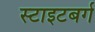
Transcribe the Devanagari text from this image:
स्टाइटबर्ग